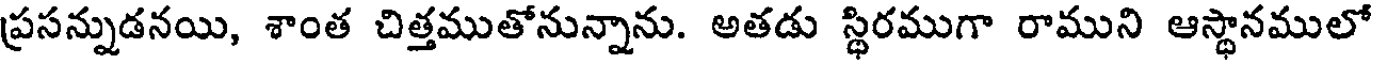
ప్రసన్నుడనయి, శాంత చిత్తముతోనున్నాను. అతడు స్థిరముగా రాముని ఆస్థానములో